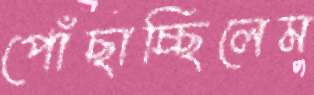
পোঁছাচ্ছিলেম